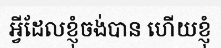
អ្វីដែលខ្ញុំចង់បាន ហើយខ្ញុំ